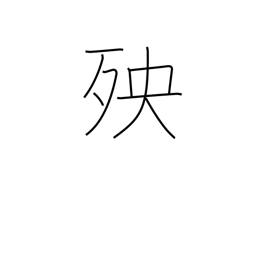
Meaning: calamity